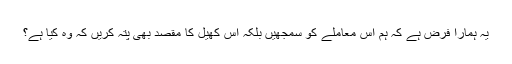
یہ ہمارا فرض ہے کہ ہم اس معاملے کو سمجھیں بلکہ اس کھیل کا مقصد بھی پتہ کریں کہ وہ کیا ہے؟